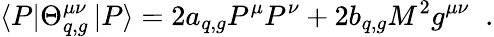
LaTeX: \left\langle P\right|\Theta_{q,g}^{\mu\nu}\left|P\right\rangle=2a_{q,g}P^{\mu}P^{\nu}+2b_{q,g}M^{2}g^{\mu\nu}\; \; .